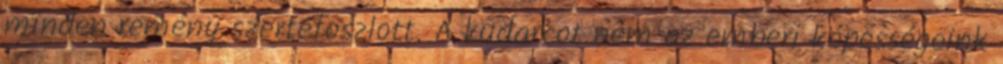
minden remény szertefoszlott. A kudarcot nem az emberi képességeink